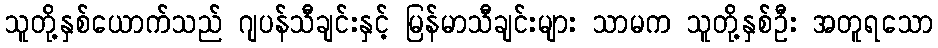
သူတို့နှစ်ယောက်သည် ဂျပန်သီချင်းနှင့် မြန်မာသီချင်းများ သာမက သူတို့နှစ်ဦး အတူရသော